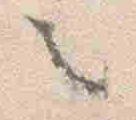
之